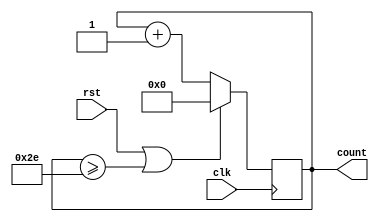
module counter_mod(count,clk,rst);
    parameter MOD_N = 46;
    parameter WIDTH = $clog2(MOD_N);

    output reg [WIDTH-1:0]count;
    input clk,rst;

    always @(posedge clk)
        if(rst || count>= MOD_N)
            count <= 0;
        else
            count <= count+1;

endmodule